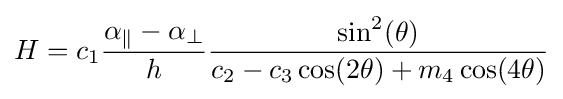
H=c_{1}{\frac {\alpha _{\parallel }-\alpha _{\perp }}{h}}{\frac {\sin ^{2}(\theta )}{c_{2}-c_{3}\cos(2\theta )+m_{4}\cos(4\theta )}}